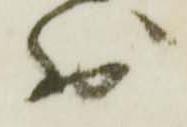
別